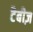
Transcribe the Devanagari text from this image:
टैबीज़